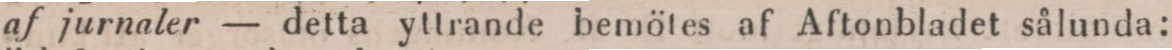
af jurnaler — detta yttrande bemötes af Aftonbladet sålunda: